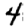
Digit: 4